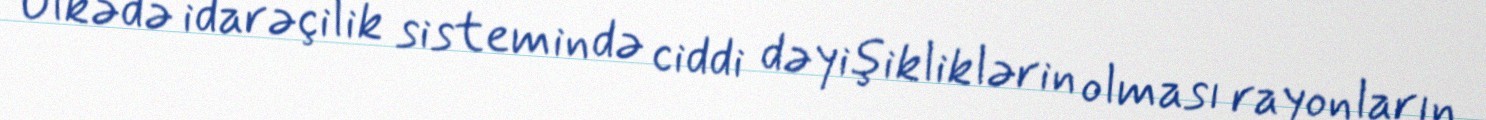
Ölkədə idarəçilik sistemində ciddi dəyişikliklərin olması rayonların